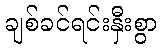
ချစ်ခင်ရင်းနှီးစွာ